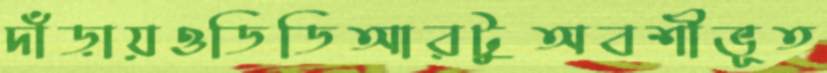
দাঁড়ায়ওডিডিআরটুঅবশীভূত